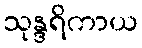
သုန္ဒရိကာယ